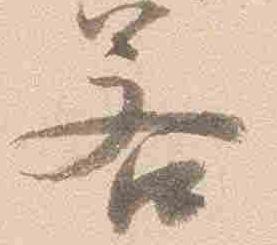
若